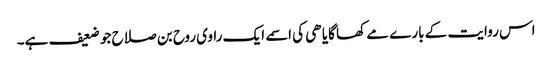
اس روایت کے بارے مے کھا گایا ھی کی اسمے ایک راوی روح بن صلاح جو ضعیف ہے۔